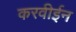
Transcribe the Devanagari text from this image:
करवीईन